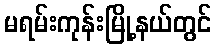
မရမ်းကုန်းမြို့နယ်တွင်